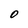
Character: O